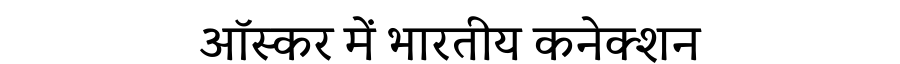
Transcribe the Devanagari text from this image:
ऑस्कर में भारतीय कनेक्शन